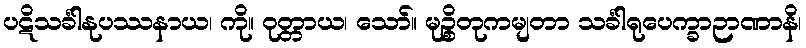
ပဋိသင်္ခါနုပဿနာယ၊ ကို။ ဝုတ္တာယ၊ သော်။ မုဉ္စိတုကမျတာ သင်္ခါရုပေက္ခာဉာဏာနိ၊